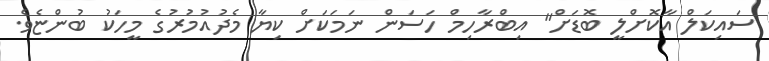
ސައިކަލް އާކޮށްލީ ބޮޑަށް" އިބްރާހިމް ހަސަން ނަމަކަށް ކިޔާ މެދުއުމުރުގެ މީހަކު ބުންޏެވެ.